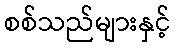
စစ်သည်များနှင့်